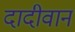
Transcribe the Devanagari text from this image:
दादीवान